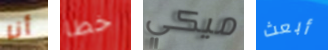
أنا خطا ميكي أبعث